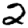
Digit: 2